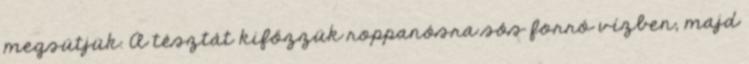
megsütjük. A tésztát kifőzzük roppanósra sós forró vízben, majd